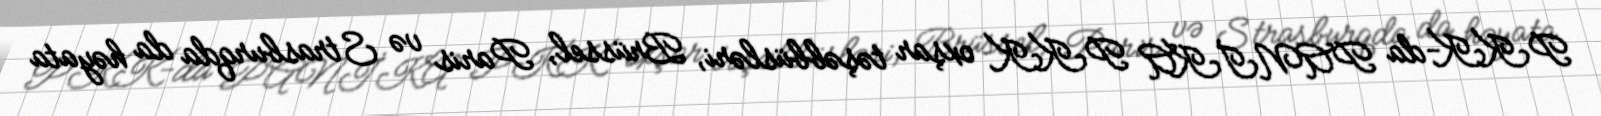
PKK-da PANİKA PKK oxşar təşəbbüsləri, Brüssel, Paris və Strasburqda da həyata